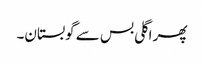
پھر اگلی بس سے گوبستان۔